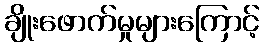
ချိုးဖောက်မှုများကြောင့်